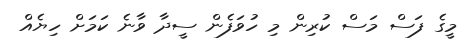
މީގެ ފަސް މަސް ކުރިން މި ހުވަފެން ސީދާ ވާނެ ކަމަށް ހިޔެއް